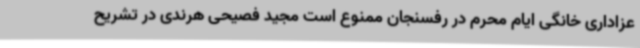
عزاداری خانگی ایام محرم در رفسنجان ممنوع است مجید فصیحی هرندی در تشریح